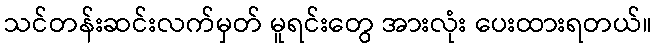
သင်တန်းဆင်းလက်မှတ် မူရင်းတွေ အားလုံး ပေးထားရတယ်။